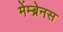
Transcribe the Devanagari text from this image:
मेंम्ब्रेनस